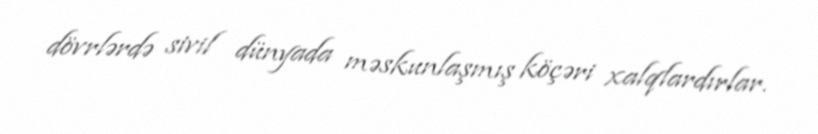
dövrlərdə sivil dünyada məskunlaşmış köçəri xalqlardırlar.